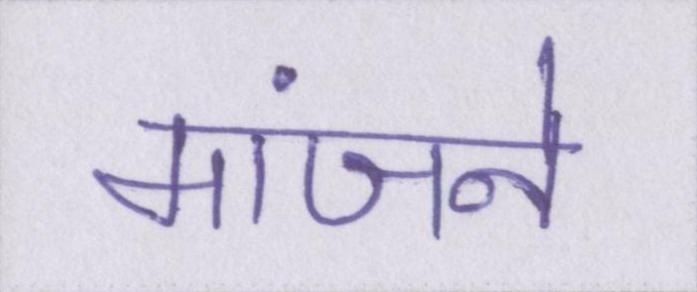
मांजने